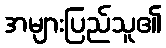
အများပြည်သူ၏